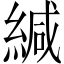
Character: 緘